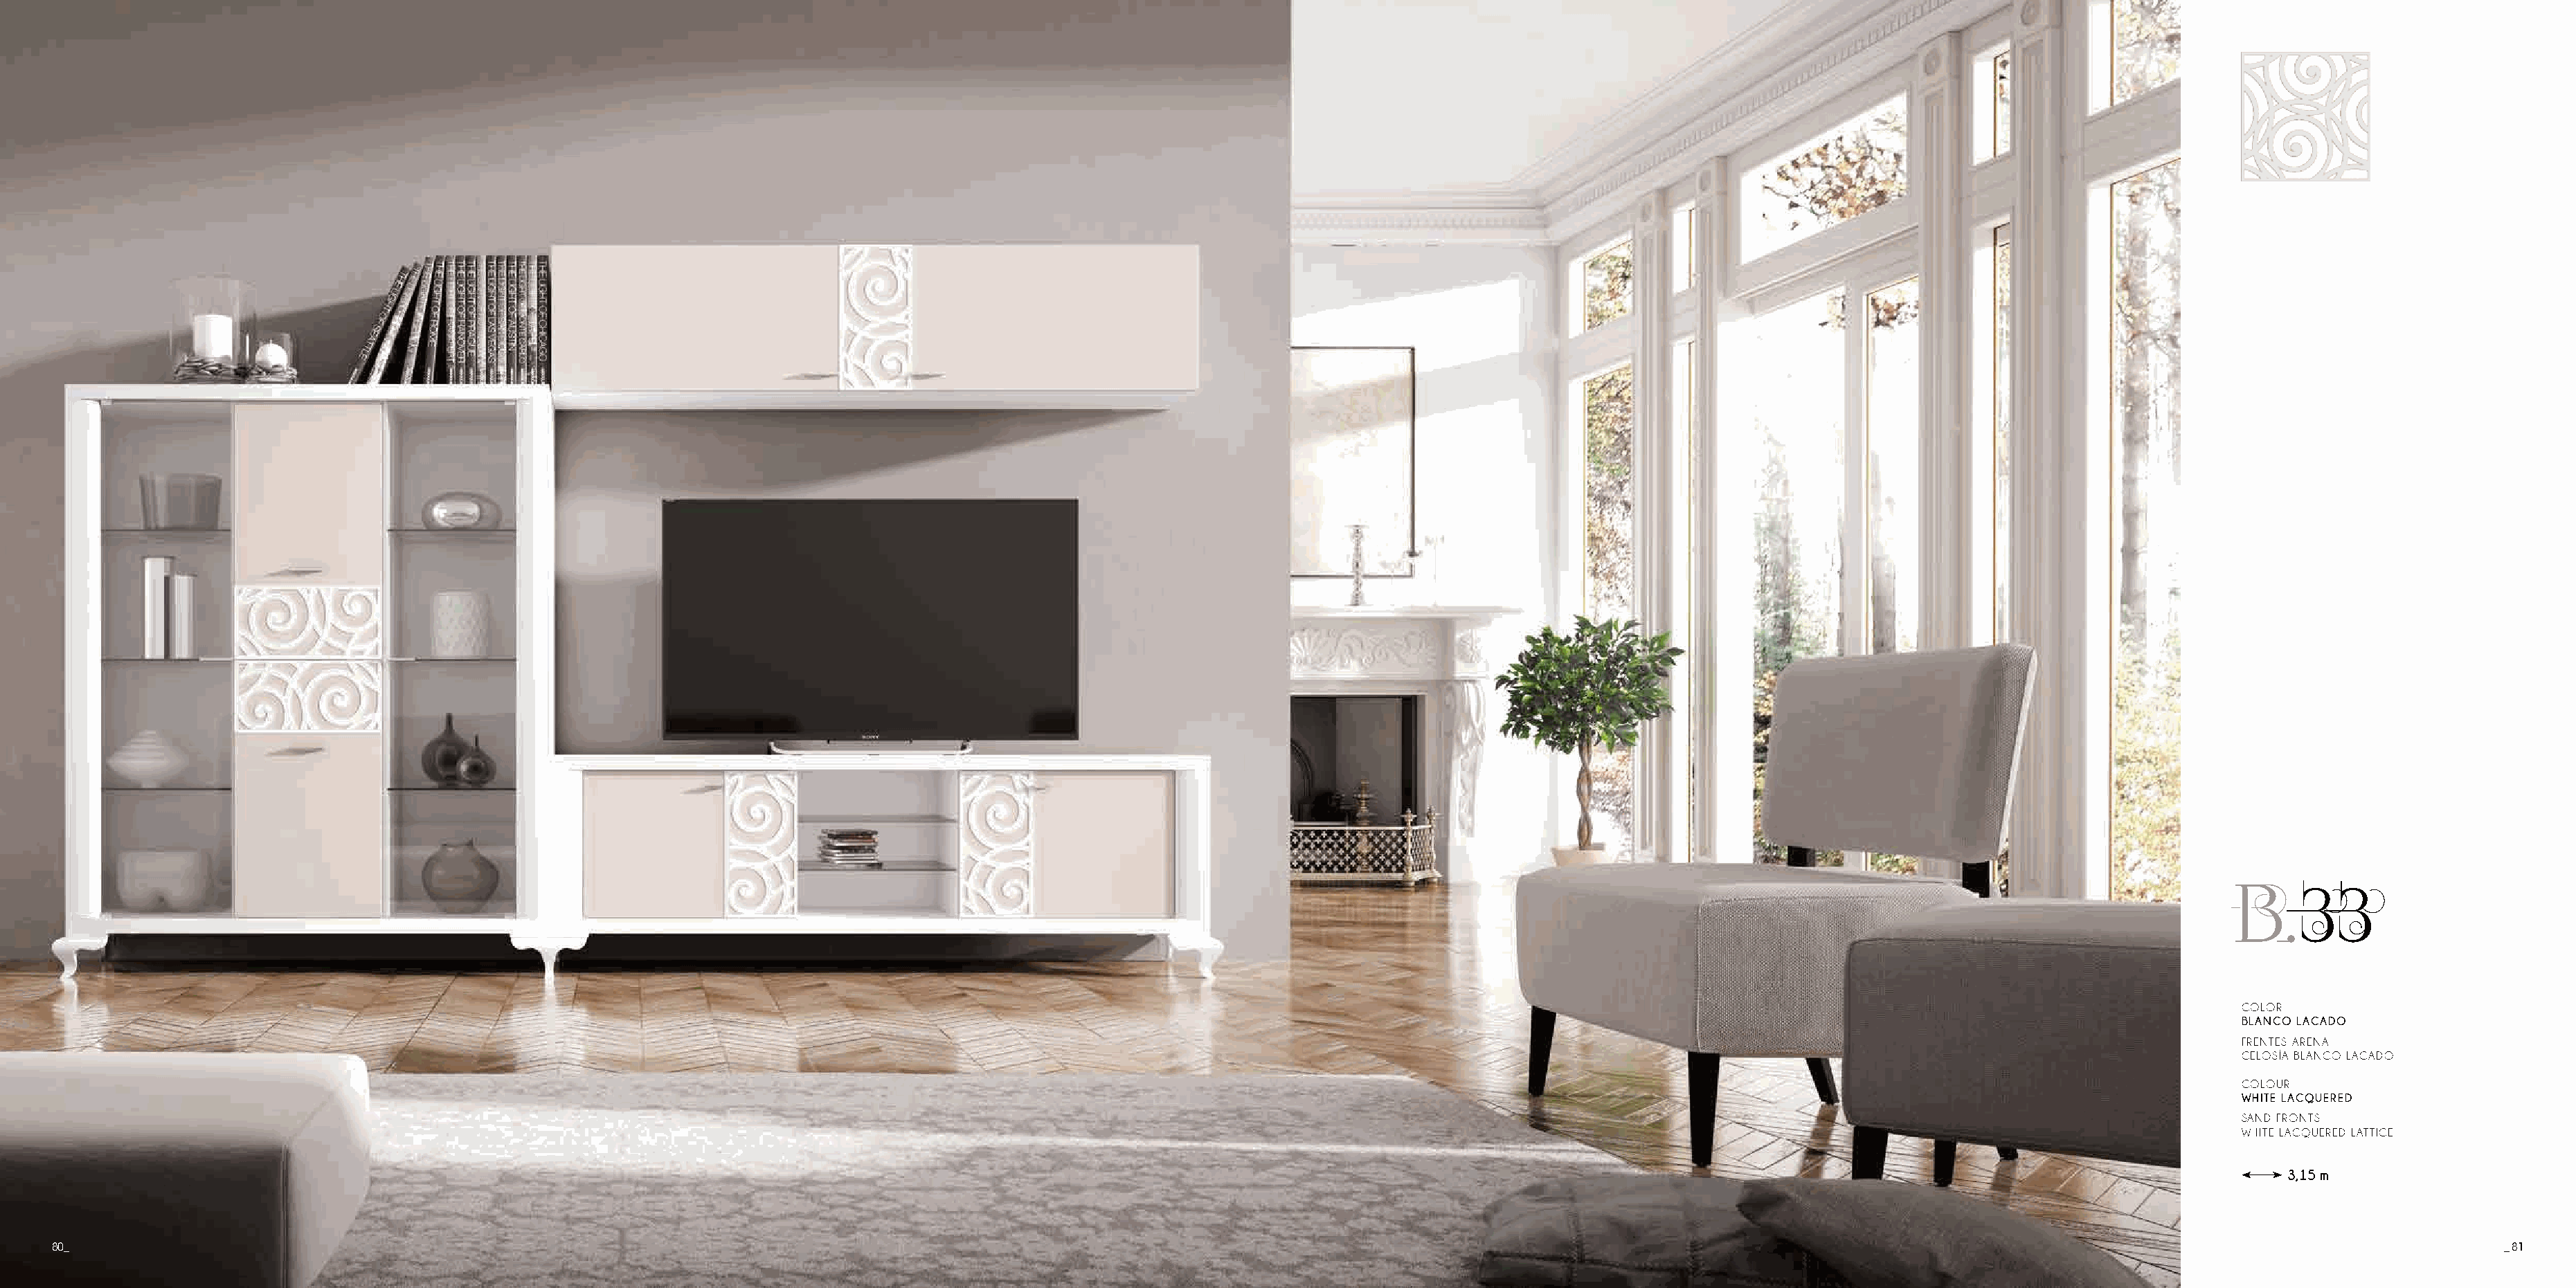
B.33
 COLOR
 BLANCO LACADO
 FRENTES ARENA
 CELOSÍA BLANCO LACADO
 COLOUR
 WHITE LACQUERED
 SAND FRONTS
 WHITE LACQUERED LATTICE
 3,15 m
 80_                                                                                                                                                                                                                                       _ 81